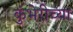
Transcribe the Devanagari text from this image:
कुंभेरीच्या